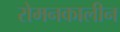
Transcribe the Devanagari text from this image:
रोमनकालीन